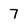
Character: 7